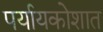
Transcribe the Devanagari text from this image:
पर्यायकोशात